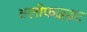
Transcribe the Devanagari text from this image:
क्लोफाइब्रेट